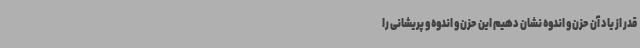
قدر از یاد آن حزن و اندوه نشان دهیم این حزن و اندوه و پریشانی را